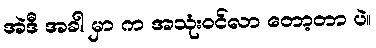
အဲဒီ အခါ မှာ က အသုံးဝင်လာ တော့တာ ပဲ။